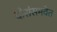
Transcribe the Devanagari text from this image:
दोरांसमवेत